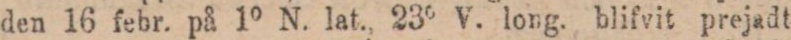
den 16 febr. på 1° N. lat., 23° V. long. blifvit prejadt